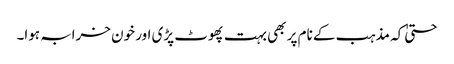
حتیٰ کہ مذہب کے نام پر بھی بہت پھوٹ پڑی اور خون خرابہ ہوا۔